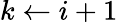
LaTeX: k\gets i+1